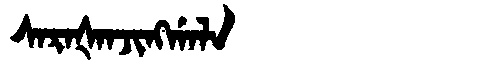
Manchu: ᠰᠠᡵᠠᡧᠠᠨᠵᡳᠩᡤᠠᠯᠠ
Romanization: SARAŠANJINGGALA